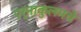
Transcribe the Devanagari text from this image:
एर्नाकुलमचे